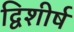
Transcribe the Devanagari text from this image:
द्विशीर्ष